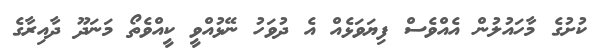
ކުށުގެ މާހައުލުން އެއްވެސް ފިޔަވަޅެއް އެ ދުވަހު ނޭޅުއްވީ ކީއްވެތޯ މަނަދޫ ދާއިރާގެ